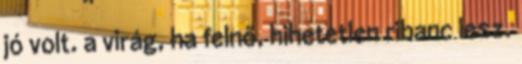
jó volt. a virág, ha felnő, hihetetlen ribanc lesz.